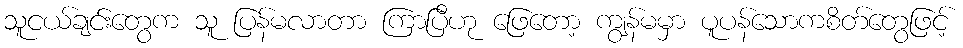
သူငယ်ချင်းတွေက သူ ပြန်မလာတာ ကြာပြီဟု ဖြေတော့ ကျွန်မမှာ ပူပန်သောကစိတ်တွေဖြင့်